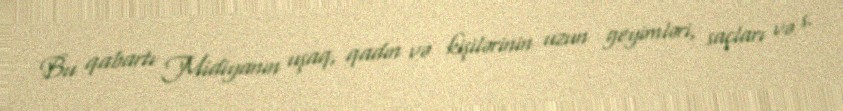
Bu qabartı Midiyanın uşaq, qadın və kişilərinin uzun geyimləri, saçları və s.